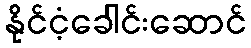
နိုင်ငံ့ခေါင်းဆောင်